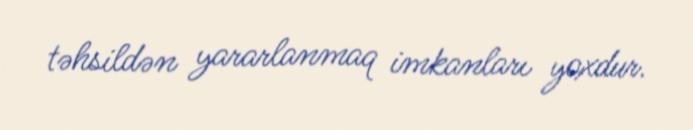
təhsildən yararlanmaq imkanları yoxdur.